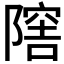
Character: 𨼈